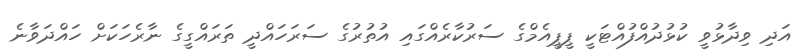
އަދި ވިދާޅުވީ ކުޅުދުއްފުއްޓަކީ ޕީޕީއެމްގެ ސަރުކާރެއްގައި އުތުރުގެ ސަރަހައްދީ ތަރައްގީގެ ނާރެހަކަށް ހައްދަވާނެ